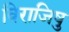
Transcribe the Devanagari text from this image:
विराजिषु